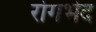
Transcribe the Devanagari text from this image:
रोगभेद